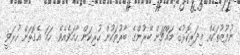
ނުފޫޒުތަކެއް މިދަރިކޮޅުގެ މައްޗަށް ބޭރުންގެ ބާރުތަކުން ހުރިކަން ހާމަވެއެވެ. ހަމަ އެގޮތަށް ހުރަވީ